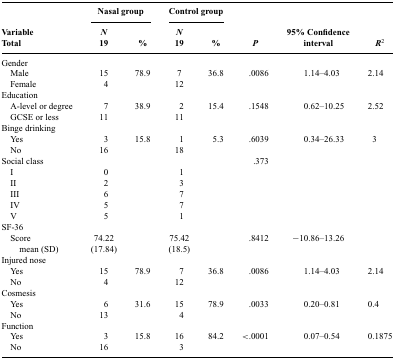
<table><thead><tr><td></td><td colspan="2"><b>Nasal group</b></td><td colspan="2"><b>Control group</b></td><td></td><td></td><td></td></tr><tr><td><b>Variable Total</b></td><td><b><i>N</i> 19</b></td><td><b>%</b></td><td><b><i>N</i> 19</b></td><td><b>%</b></td><td><b><i>P</i></b></td><td><b>95% Confidence interval</b></td><td><b><i>R</i><sup>2</sup></b></td></tr></thead><tbody><tr><td>Gender</td><td></td><td></td><td></td><td></td><td></td><td></td><td></td></tr><tr><td>Male</td><td>15</td><td>78.9</td><td>7</td><td>36.8</td><td>.0086</td><td>1.14—4.03</td><td>2.14</td></tr><tr><td>Female</td><td>4</td><td></td><td>12</td><td></td><td></td><td></td><td></td></tr><tr><td>Education</td><td></td><td></td><td></td><td></td><td></td><td></td><td></td></tr><tr><td>A-level or degree</td><td>7</td><td>38.9</td><td>2</td><td>15.4</td><td>.1548</td><td>0.62–10.25</td><td>2.52</td></tr><tr><td>GCSE or less</td><td>11</td><td></td><td>11</td><td></td><td></td><td></td><td></td></tr><tr><td>Binge drinking</td><td></td><td></td><td></td><td></td><td></td><td></td><td></td></tr><tr><td>Yes</td><td>3</td><td>15.8</td><td>1</td><td>5.3</td><td>.6039</td><td>0.34–26.33</td><td>3</td></tr><tr><td>No</td><td>16</td><td></td><td>18</td><td></td><td></td><td></td><td></td></tr><tr><td>Social class</td><td></td><td></td><td></td><td></td><td>.373</td><td></td><td></td></tr><tr><td>I</td><td>0</td><td></td><td>1</td><td></td><td></td><td></td><td></td></tr><tr><td>II</td><td>2</td><td></td><td>3</td><td></td><td></td><td></td><td></td></tr><tr><td>III</td><td>6</td><td></td><td>7</td><td></td><td></td><td></td><td></td></tr><tr><td>IV</td><td>5</td><td></td><td>7</td><td></td><td></td><td></td><td></td></tr><tr><td>V</td><td>5</td><td></td><td>1</td><td></td><td></td><td></td><td></td></tr><tr><td>SF-36</td><td></td><td></td><td></td><td></td><td></td><td></td><td></td></tr><tr><td>Score</td><td>74.22</td><td></td><td>75.42</td><td></td><td>.8412</td><td>–10.86–13.26</td><td></td></tr><tr><td>mean (SD)</td><td>(17.84)</td><td></td><td>(18.5)</td><td></td><td></td><td></td><td></td></tr><tr><td>Injured nose</td><td></td><td></td><td></td><td></td><td></td><td></td><td></td></tr><tr><td>Yes</td><td>15</td><td>78.9</td><td>7</td><td>36.8</td><td>.0086</td><td>1.14–4.03</td><td>2.14</td></tr><tr><td>No</td><td>4</td><td></td><td>12</td><td></td><td></td><td></td><td></td></tr><tr><td>Cosmesis</td><td></td><td></td><td></td><td></td><td></td><td></td><td></td></tr><tr><td>Yes</td><td>6</td><td>31.6</td><td>15</td><td>78.9</td><td>.0033</td><td>0.20–0.81</td><td>0.4</td></tr><tr><td>No</td><td>13</td><td></td><td>4</td><td></td><td></td><td></td><td></td></tr><tr><td>Function</td><td></td><td></td><td></td><td></td><td></td><td></td><td></td></tr><tr><td>Yes</td><td>3</td><td>15.8</td><td>16</td><td>84.2</td><td>&lt;.0001</td><td>0.07–0.54</td><td>0.1875</td></tr><tr><td>No</td><td>16</td><td></td><td>3</td><td></td><td></td><td></td><td></td></tr></tbody></table>